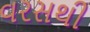
વરસથી